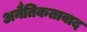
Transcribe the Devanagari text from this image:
अनैतिकतावाद